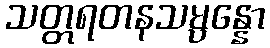
သတ္တရတနသမ္ပန္နော